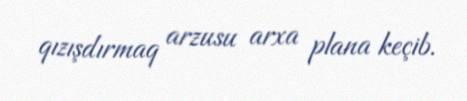
qızışdırmaq arzusu arxa plana keçib.